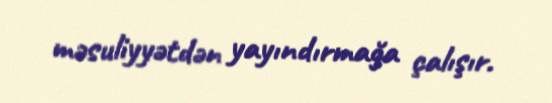
məsuliyyətdən yayındırmağa çalışır.